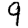
Digit: 9